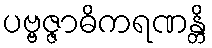
ပဗ္ဗဇ္ဇာဓိကရဏန္တိ